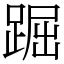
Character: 䠇